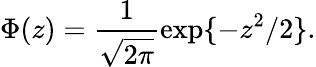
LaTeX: \Phi(z)=\frac{1}{\sqrt{2\pi}}\exp\{ -z^{2}/2\} .